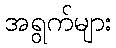
အရွက်များ